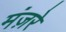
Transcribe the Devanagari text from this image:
मंज़रे